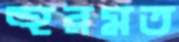
হুরমত